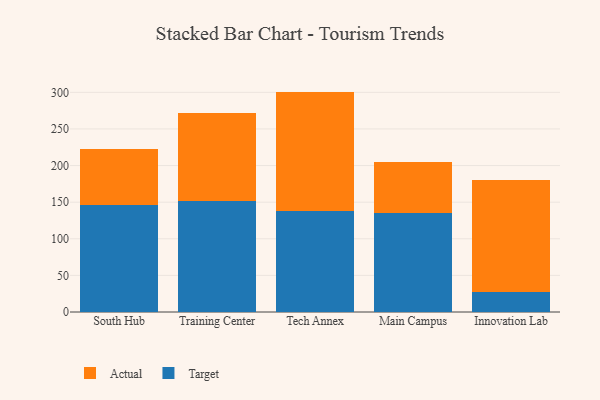
{"axis": {"x": "Campus", "y": "Population (Million)"}, "legend": ["Actual", "Target"], "data": [{"x": "South Hub", "y": 146.2, "type": "Target"}, {"x": "South Hub", "y": 76.2, "type": "Actual"}, {"x": "Training Center", "y": 151.0, "type": "Target"}, {"x": "Training Center", "y": 120.5, "type": "Actual"}, {"x": "Tech Annex", "y": 137.9, "type": "Target"}, {"x": "Tech Annex", "y": 163.1, "type": "Actual"}, {"x": "Main Campus", "y": 135.8, "type": "Target"}, {"x": "Main Campus", "y": 69.6, "type": "Actual"}, {"x": "Innovation Lab", "y": 27.6, "type": "Target"}, {"x": "Innovation Lab", "y": 152.2, "type": "Actual"}]}